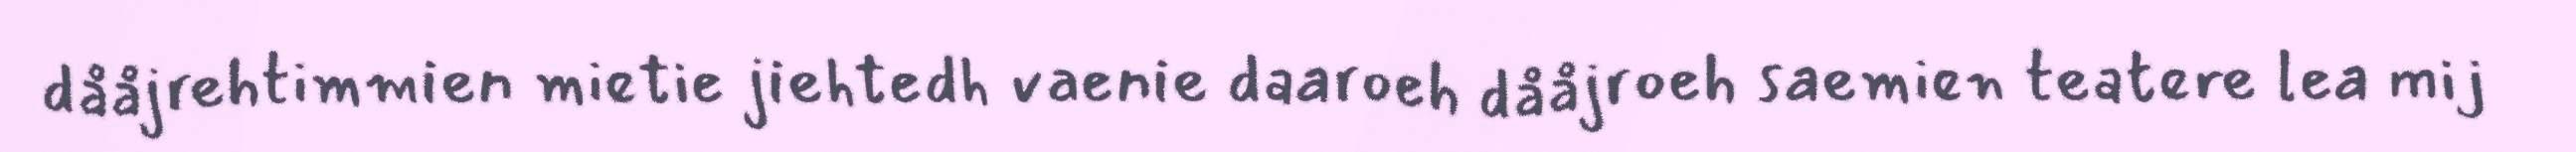
dååjrehtimmien mietie jiehtedh vaenie daaroeh dååjroeh saemien teatere lea mij